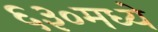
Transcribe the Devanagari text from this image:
६३०मध्ये